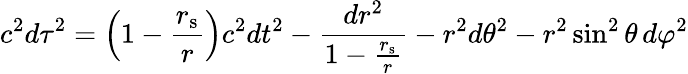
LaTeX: c^{2}{d\tau}^{2}=\left(1-{\frac{r_{\mathrm{{s}}}}{r}}\right)c^{2}dt^{2}-{\frac{dr^{2}}{1-{\frac{r_{\mathrm{{s}}}}{r}}}}-r^{2}d\theta^{2}-r^{2}\sin^{2}\theta\, d\varphi^{2}